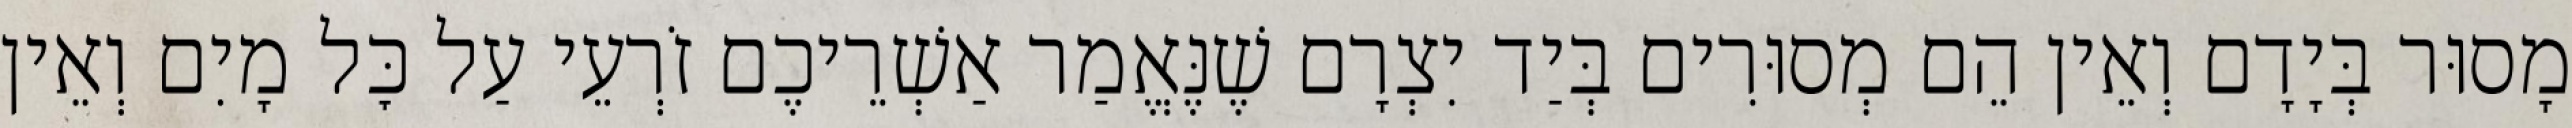
מָסוּר בְּיָדָם וְאֵין הֵם מְסוּרִים בְּיַד יִצְרָם שֶׁנֶּאֱמַר אַשְׁרֵיכֶם זֹרְעֵי עַל כׇּל מָיִם וְאֵין